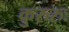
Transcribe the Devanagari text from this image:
कुरुरुः